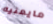
مايعنيه